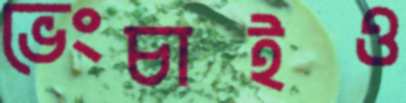
ভেংচাইও